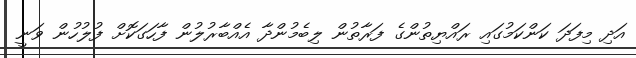
އަދި މިފަދަ ކަންކަމުގައި ރައްޔިތުންގެ ފަރާތުން ލިބެމުންދާ އެއްބާރުލުން ފާހަގަކޮށް ފުލުހުން ވަނީ